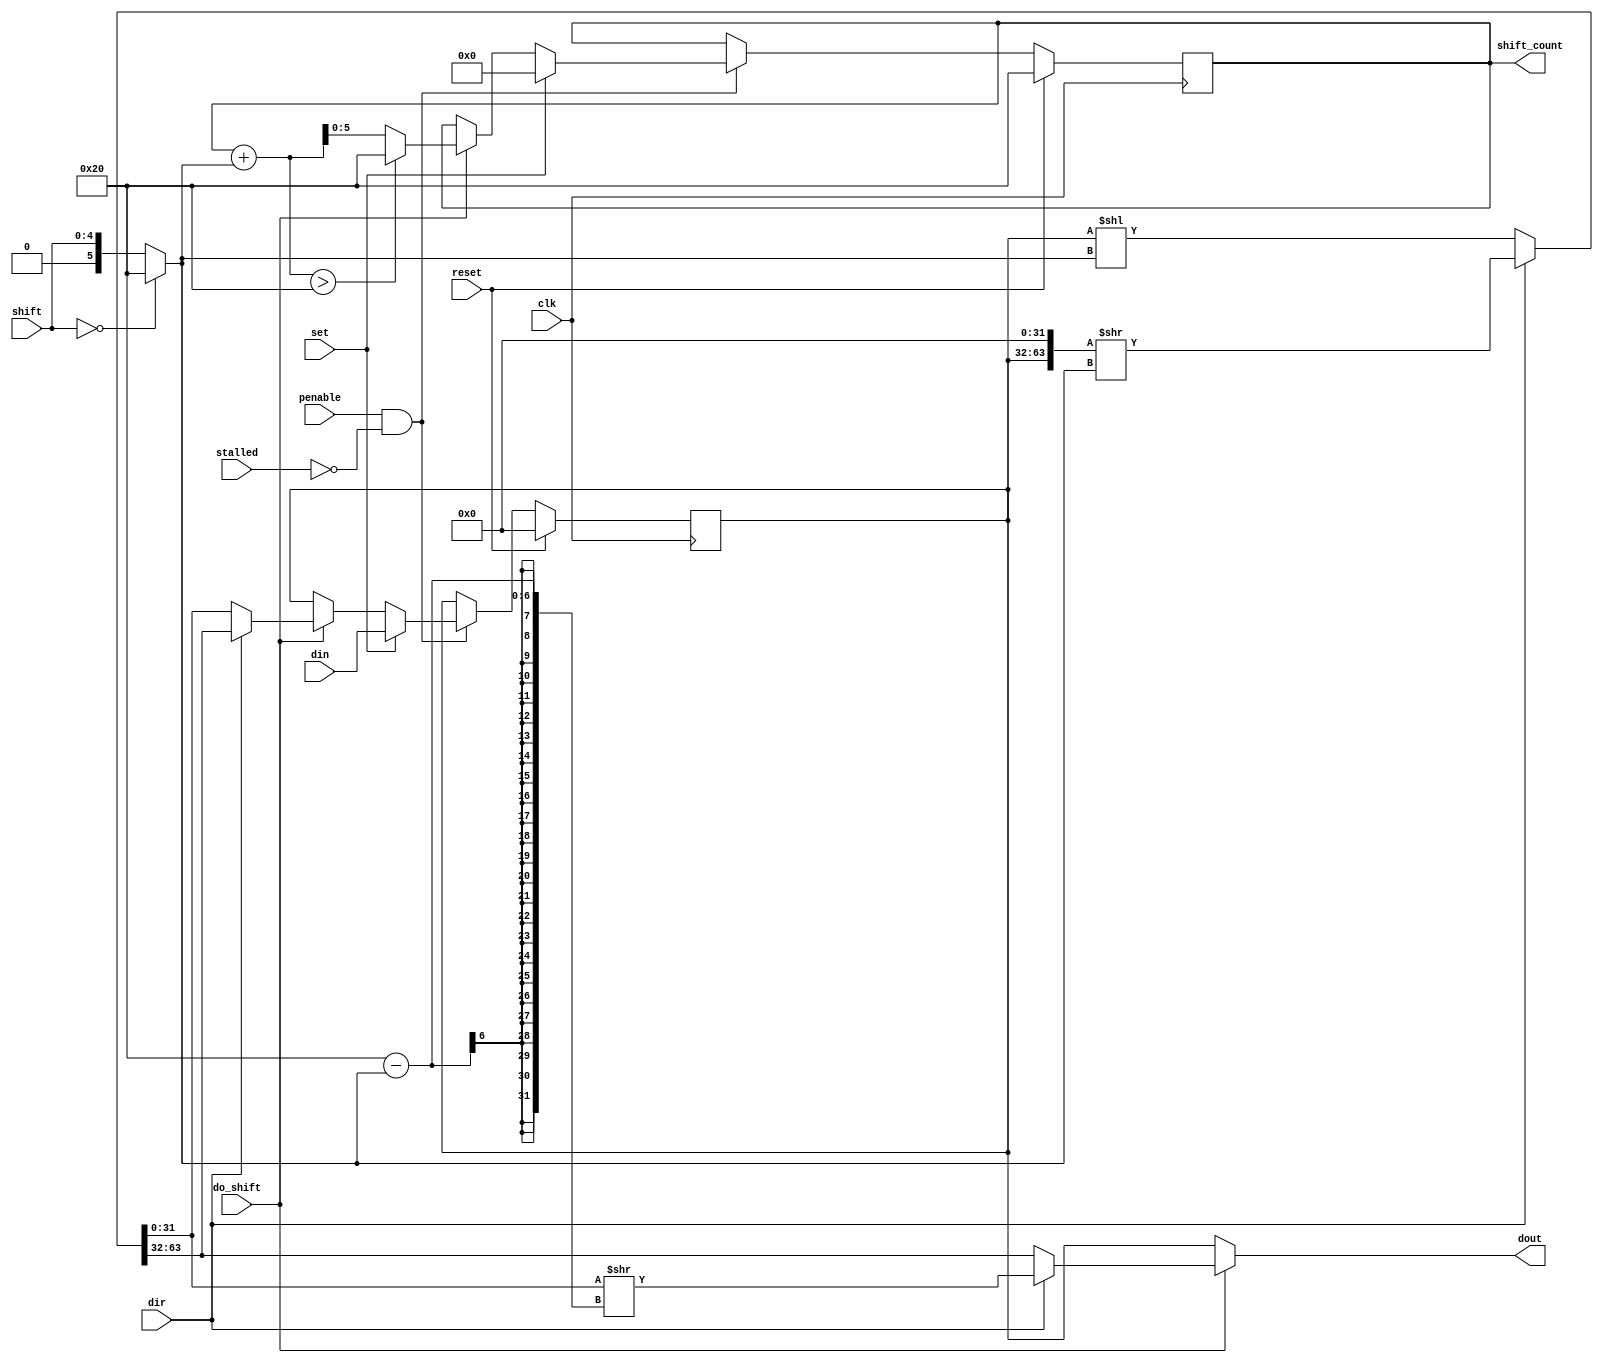
// This program was cloned from: https://github.com/lawrie/fpga_pio
// License: BSD 2-Clause "Simplified" License

// SPDX-FileCopyrightText: 2022 Lawrie Griffiths
// SPDX-License-Identifier: BSD-2-Clause

`default_nettype none
module osr (
  input         clk,
  input         penable,
  input         reset,
  input         stalled,
  input [31:0]  din,
  input [4:0]   shift,
  input         dir,   // 0 - left, 1 - right
  input         set,
  input         do_shift,
  output [31:0] dout,
  output [5:0]  shift_count
);

  reg [31:0] shift_reg;
  reg [5:0]  count;

  // A shift value of 0 means shift 32
  wire [5:0] shift_val = shift == 0 ? 32 : shift;
  // Calculate the 64-bit value of the shift register after a shift
  wire [63:0] shift64 = dir ? {shift_reg, 32'b0} >> shift_val : {32'b0, shift_reg} << shift_val;
  // Calculate the right-aligned shifted out value
  wire [31:0] shift_out = dir ? (shift64[31:0] >> (32 - shift_val)) : shift64[63:32];
  // Calculate the new shift register value after a shift
  wire [31:0] new_shift = dir ? shift64[63:32] : shift64[31:0];

  always @(posedge clk) begin
    if (reset) begin
      shift_reg <= 0;
      count <= 32;  // Empty (read to trigger auto-pull)
    end else if (penable && !stalled) begin
       if (set) begin
         shift_reg <= din;
         count <= 0;
       end else if (do_shift) begin
         shift_reg <= new_shift;
         count <= count + shift_val > 32 ? 32 : count + shift_val;
       end
    end
  end

  // The output value is the amount shifted out if do_shift ia active otherwise the current shift register
  assign dout = do_shift ? shift_out : shift_reg;
  assign shift_count = count;

endmodule